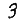
Digit: 3